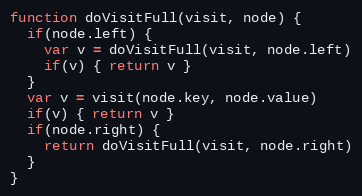
Language: JavaScript
function doVisitFull(visit, node) {
  if(node.left) {
    var v = doVisitFull(visit, node.left)
    if(v) { return v }
  }
  var v = visit(node.key, node.value)
  if(v) { return v }
  if(node.right) {
    return doVisitFull(visit, node.right)
  }
}